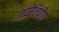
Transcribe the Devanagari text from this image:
ज्योतिपीठ